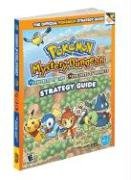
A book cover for Pokemon Mystery Dungeon: Explorers of Time, Explorers of Darkness: Prima Official Game Guide (Prima Official Game Guides); Computers & Technology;